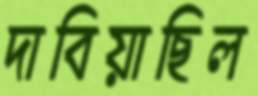
দাবিয়াছিল